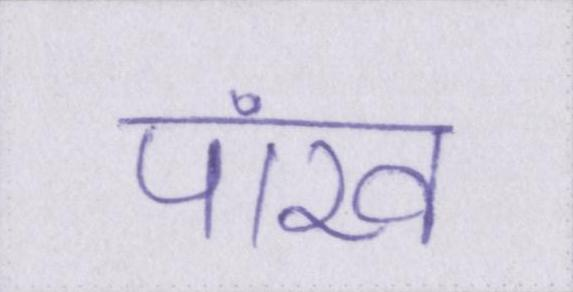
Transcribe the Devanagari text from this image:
पांख